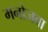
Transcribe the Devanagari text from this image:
मनोजवा